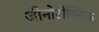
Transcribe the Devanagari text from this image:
जीनोटोक्सिक